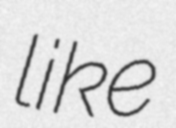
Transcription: like